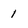
Character: 1